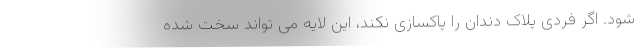
شود. اگر فردی پلاک دندان را پاکسازی نکند، این لایه می تواند سخت شده